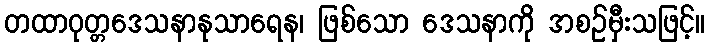
တထာဝုတ္တဒေသနာနုသာရေန၊ ဖြစ်သော ဒေသနာကို အစဉ်မှီးသဖြင့်။